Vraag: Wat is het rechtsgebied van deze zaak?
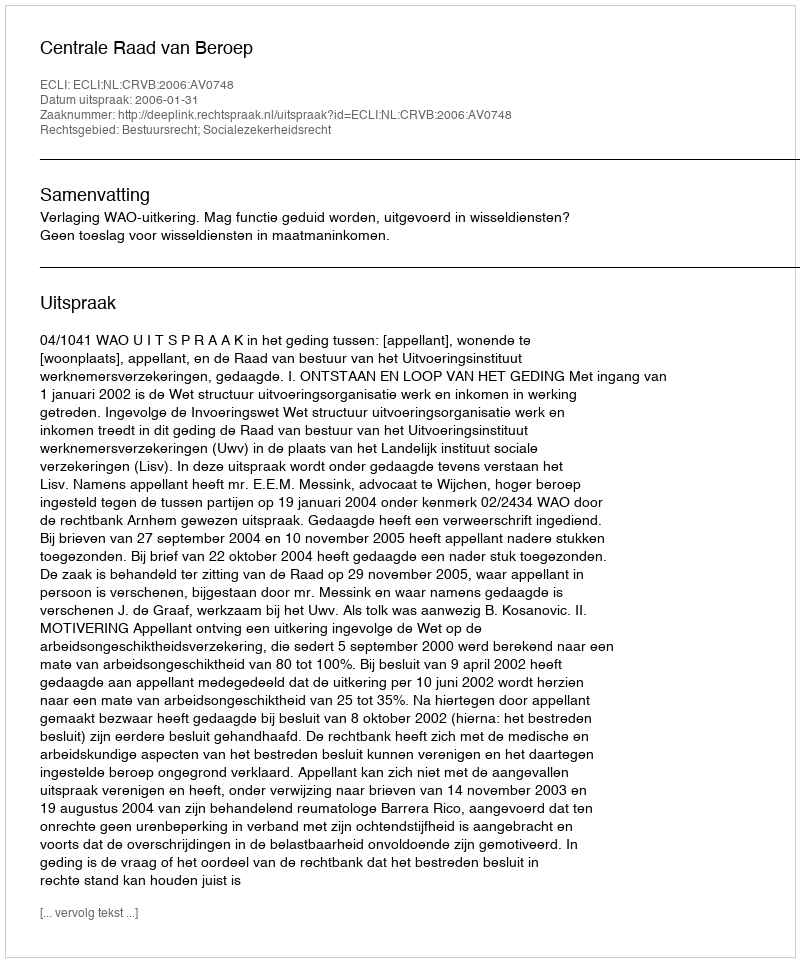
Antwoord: Bestuursrecht; Socialezekerheidsrecht